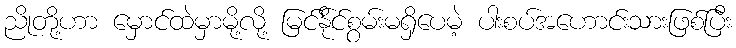
ညိုတို့ဟာ မှောင်ထဲမှာမို့လို့ မြင်နို်င်စွမ်းမရှိပေမဲ့ ပါးစပ်အဟောင်းသားဖြစ်ပြီး